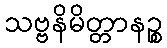
သဗ္ဗနိမိတ္တာနဉ္စ